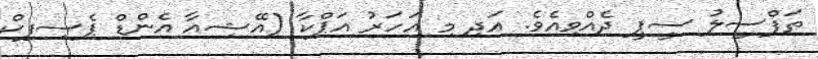
ތަފްސީލު ސީޕީ ދެއްވިއެވެ. އަދި މި އަހަރު އަޕްކާ (އޭޝިއާ އެންޑް ޕެސިފިކް